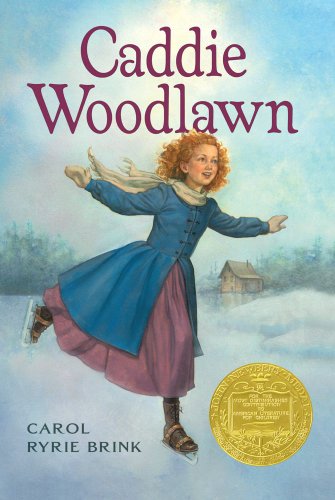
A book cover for Caddie Woodlawn; Carol Ryrie Brink; Children's Books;